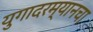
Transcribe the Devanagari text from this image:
युगादरम्यानचा